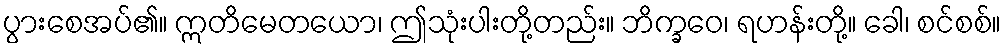
ပွားစေအပ်၏။ ဣတိမေတယော၊ ဤသုံးပါးတို့တည်း။ ဘိက္ခဝေ၊ ရဟန်းတို့။ ခေါ၊ စင်စစ်။